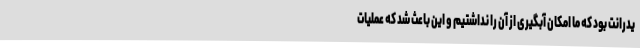
یدرانت بود که ما امکان آبگیری از آن را نداشتیم و این باعث شد که عملیات